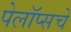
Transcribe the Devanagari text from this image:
पेलॉप्सचे